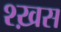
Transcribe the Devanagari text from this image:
श्ख़स